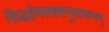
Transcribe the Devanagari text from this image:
सिद्धहेमशबदानुशासनम्